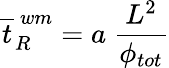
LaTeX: \overline{{t}}_{R}^{\ wm}=a\ \frac{L^{2}}{\phi_{tot}}